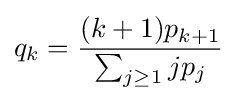
q_{k}={\frac {(k+1)p_{k+1}}{\sum _{j\geq 1}jp_{j}}}